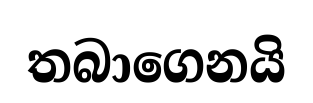
තබාගෙනයි